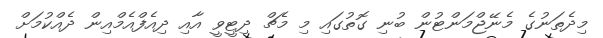
މިދެތަނުގެ މެނޭޖްމަންޓުން ބުނި ގޮތުގައި މި މެޗް ދިޓީވީ އާއި ދިއެފްއެމްއިން ދެއްކުމަށް